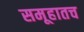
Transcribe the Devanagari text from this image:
समूहातच